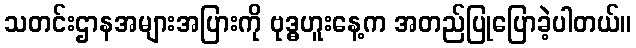
သတင်းဌာနအများအပြားကို ဗုဒ္ဓဟူးနေ့က အတည်ပြုပြောခဲ့ပါတယ်။